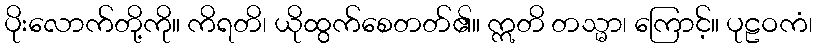
ပိုးလောက်တို့ကို။ ကိရတိ၊ ယိုထွက်စေတတ်၏။ ဣတိ တသ္မာ၊ ကြောင့်။ ပုဠဝကံ၊